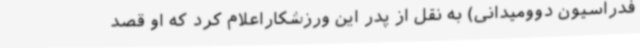
فدراسیون دوومیدانی) به نقل از پدر این ورزشکاراعلام کرد که او قصد